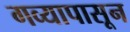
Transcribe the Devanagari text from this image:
गव्यापासून